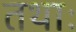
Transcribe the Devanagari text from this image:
तथाः